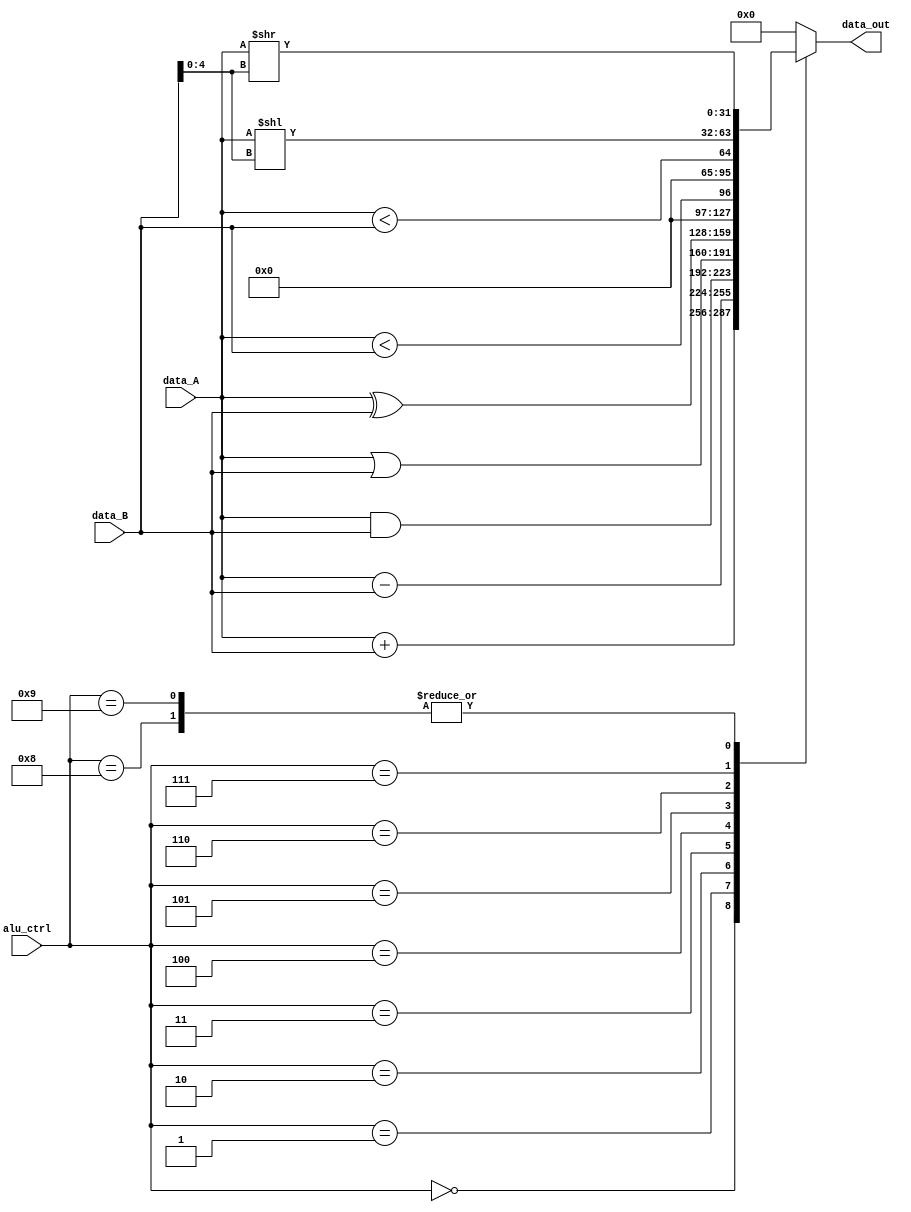
module alu(
	input [3:0] alu_ctrl,
	input /*signed*/ [31:0] data_A,
	input /*signed*/ [31:0] data_B,
	output reg [31:0] data_out
	);

	// wire [31:0] intermediate_shift;

	// should change so that all operations default to signed

	always @(*) begin
		case (alu_ctrl)
			// arithmetic operations
			4'd0: data_out = data_A + data_B; 					// add
			4'd1: data_out = data_A - data_B; 					// subtract
			// 4'd2: data_out = data_A * data_B; 				// multiply
			// 4'd3: data_out = data_A / data_B; 				// divide

			// bitwise logical operations
			4'd2: data_out = data_A & data_B; 					// and
			4'd3: data_out = data_A | data_B; 					// or
			4'd4: data_out = data_A ^ data_B; 					// xor
			// 4'b0111: data_out = data_A & data_B; 			// one's complement

			// set less than operators
			4'd5: data_out = $signed(data_A) < $signed(data_B); // set less than
			4'd6: data_out = data_A < data_B; 					// set less than unsigned

			// bit shift operations (see page 18 of RISC spec for details)
			// both R and I type use bits 20:24 as the second value
			// for bit shift operations
			4'd7: data_out = data_A << data_B[4:0]; 			// shift left logical
			4'd8: data_out = data_A >> data_B[4:0]; 			// shift right logical

			// 4'b1001: begin 
			// intermediate_shift = data_A >> data_B[4:0]; 		// shift right arithmetic
			// data_out = {data_B{intermediate_shift[31]}};
			// end

			4'd9: data_out = $signed(data_A >> data_B[4:0]); 	// shift right arithmetic

			default: data_out = 0; 								// set to 0 as place holder
			
		endcase
		$display("data_A: %0d data_B: %0d data_out: %0d", data_A, data_B, data_out);
		$display("alu_ctrl: %0d\n", alu_ctrl);
	end

endmodule